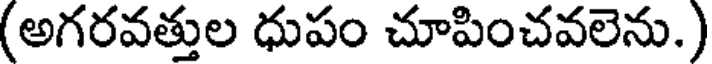
(అగరవత్తుల ధుపం చూపించవలెను.)